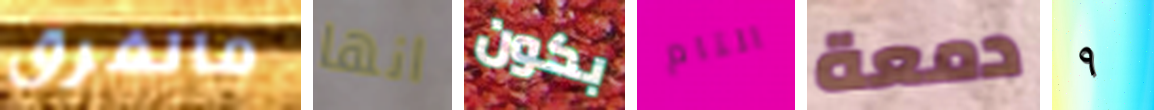
مالفرق انها بكون التام دمعة ٩